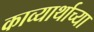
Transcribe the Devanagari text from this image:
काव्यार्थाच्या